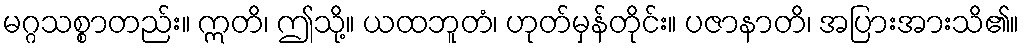
မဂ္ဂသစ္စာတည်း။ ဣတိ၊ ဤသို့။ ယထဘူတံ၊ ဟုတ်မှန်တိုင်း။ ပဇာနာတိ၊ အပြားအားသိ၏။